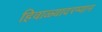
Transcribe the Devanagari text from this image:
हिवाळ्यादरम्यान